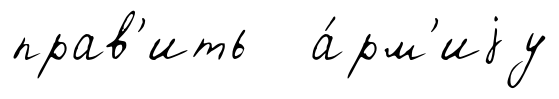
прав'ить а́рм'иjу